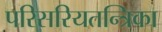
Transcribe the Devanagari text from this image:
परिसरियतन्त्रिका